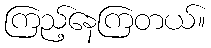
ကြည့်နေကြတယ်။